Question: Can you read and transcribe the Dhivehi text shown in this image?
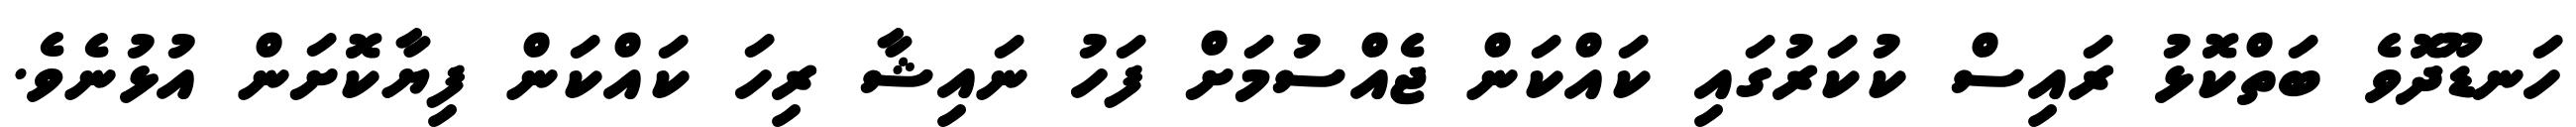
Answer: ހަނޑޫދޮވެ ބަތްކޮޅު ރައިސް ކުކަރުގައި ކައްކަން ޖެއްސުމަށް ފަހު ނައިޝާ ރިހަ ކައްކަން ފިޔާކޮށަން އުޅުނެވެ.